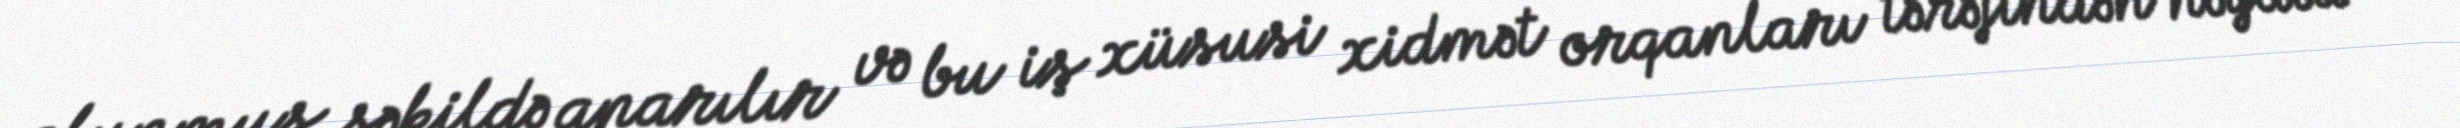
olunmuş şəkildə aparılır və bu iş xüsusi xidmət orqanları tərəfindən həyata